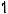
1